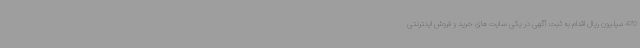
470 میلیون ریال اقدام به ثبت آگهی در یکی سایت های خرید و فروش اینترنتی